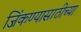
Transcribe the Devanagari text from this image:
जिंकण्यासाठीच्या